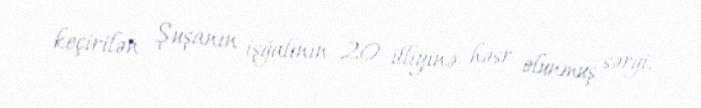
keçirilən Şuşanın işğalının 20 illiyinə həsr olunmuş sərgi.